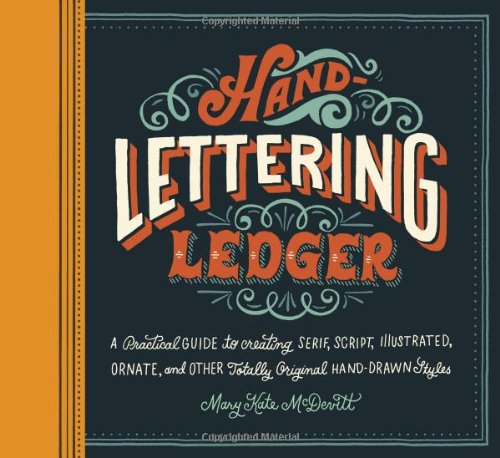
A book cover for Hand-Lettering Ledger: A Practical Guide to Creating Serif, Script, Illustrated, Ornate, and Other Totally Original Hand-Drawn Styles; Arts & Photography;